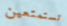
تستمتعين